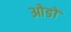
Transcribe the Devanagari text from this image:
ओडों